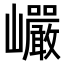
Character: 巗